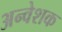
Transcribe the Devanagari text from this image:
अन्वेशक